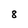
Character: 8